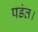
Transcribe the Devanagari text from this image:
पडंत।